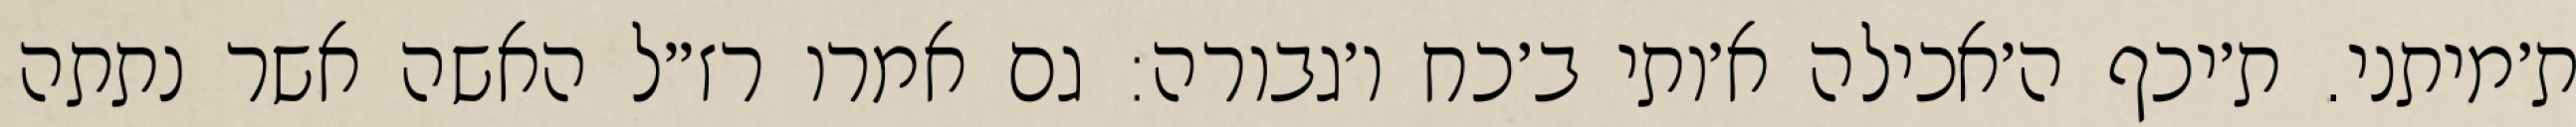
ת׳מיתני. ת׳יכף ה׳אכילה א׳ותי ב׳כח ו׳גבורה: גם אמרו רז״ל האשה אשר נתתה